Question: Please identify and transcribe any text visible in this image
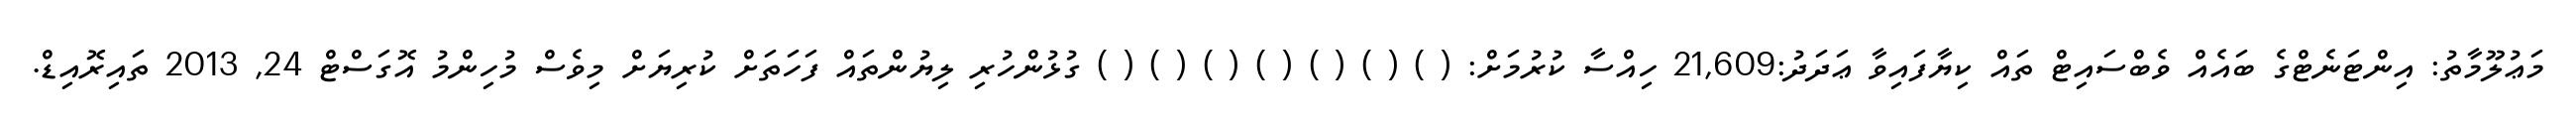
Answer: މަޢުލޫމާތު: އިންޓަނެޓްގެ ބައެއް ވެބްސައިޓް ތައް ކިޔާފައިވާ ޢަދަދު:21,609 ހިއްސާ ކުރުމަށް: ( ) ( ) ( ) ( ) ( ) ( ) ( ) ގުޅުންހުރި ލިޔުންތައް ފަހަތަށް ކުރިޔަށް މިވެސް މުހިންމު އޮގަސްޓް 24, 2013 ތައިރޮއިޑް.